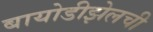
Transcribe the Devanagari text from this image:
बायोडीझेलची